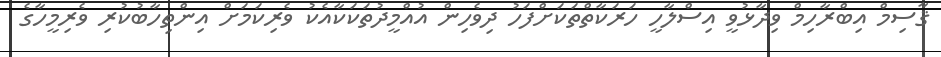
ޤާސިމް އިބްރާހިމް ވިދާޅުވީ އިސްލާހީ ހަރަކާތްތަކަށްފަހު ދިވެހިން އުއްމީދުތަކަކާއެކު ވެރިކަމަށް އިންތިހާބުކުރި ވެރިމީހާގެ